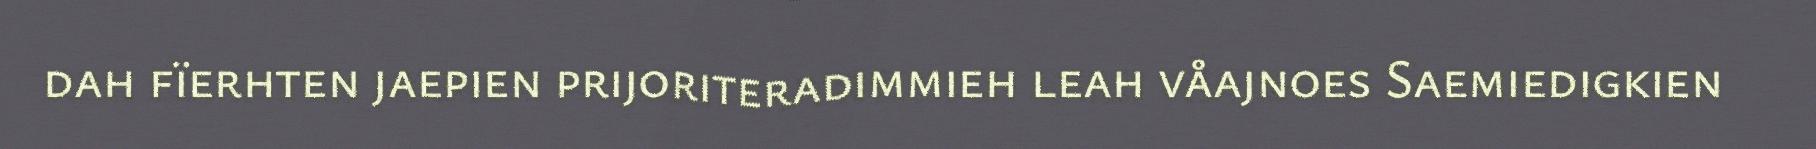
dah fïerhten jaepien prijoriteradimmieh leah våajnoes Saemiedigkien